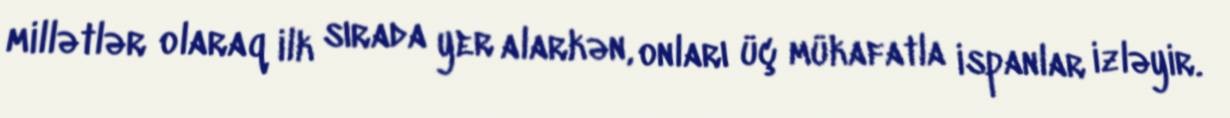
millətlər olaraq ilk sırada yer alarkən, onları üç mükafatla ispanlar izləyir.